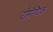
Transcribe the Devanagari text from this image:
रोमॅण्टिक